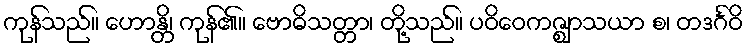
ကုန်သည်။ ဟောန္တိ၊ ကုန်၏။ ဗောဓိသတ္တာ၊ တို့သည်။ ပဝိဝေကဇ္ဈာသယာ စ၊ တဒင်္ဂဝိ